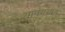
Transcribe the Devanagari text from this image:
भावगम्यम्